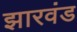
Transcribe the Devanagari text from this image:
झारवंड